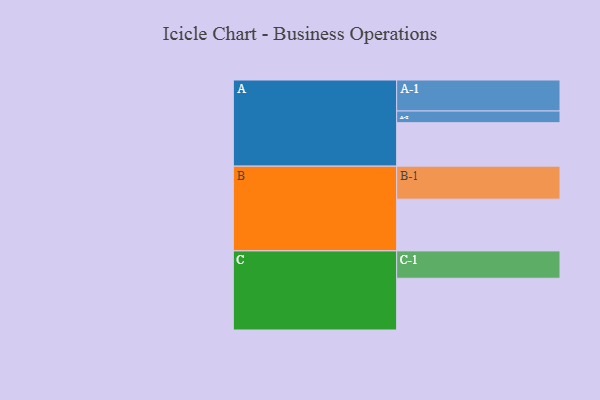
{"axis": {"x": "Segment", "y": "Value"}, "legend": ["", "A", "B", "C"], "data": [{"x": "A", "y": 394, "type": ""}, {"x": "B", "y": 469, "type": ""}, {"x": "C", "y": 469, "type": ""}, {"x": "A-1", "y": 281, "type": "A"}, {"x": "A-2", "y": 106, "type": "A"}, {"x": "B-1", "y": 299, "type": "B"}, {"x": "C-1", "y": 248, "type": "C"}]}